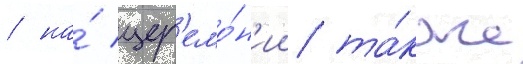
/ на́ цер'емо́н'ии та́кже